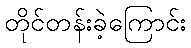
တိုင်တန်းခဲ့ကြောင်း